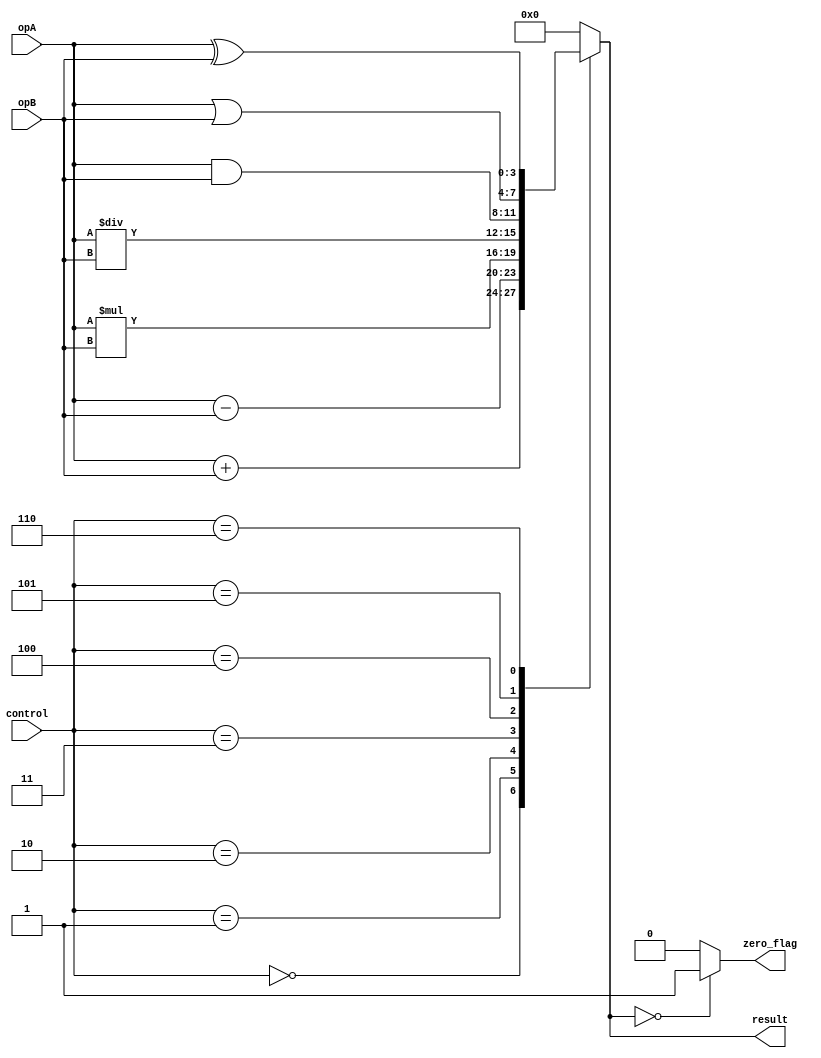
module ALU (
    input [3:0] opA,
    input [3:0] opB,
    input [2:0] control,
    output [3:0] result,
    output zero_flag
);

reg [3:0] output_result;
reg zero_flag;

always @(*)
begin
    case(control)
        3'b000: output_result = opA + opB; // Addition
        3'b001: output_result = opA - opB; // Subtraction
        3'b010: output_result = opA * opB; // Multiplication
        3'b011: output_result = opA / opB; // Division
        3'b100: output_result = opA & opB; // Bitwise AND
        3'b101: output_result = opA | opB; // Bitwise OR
        3'b110: output_result = opA ^ opB; // Bitwise XOR
        default: output_result = 4'b0000; // Default to zero
    endcase
    
    if(output_result == 4'b0000)
        zero_flag = 1;
    else
        zero_flag = 0;
end

assign result = output_result;

endmodule